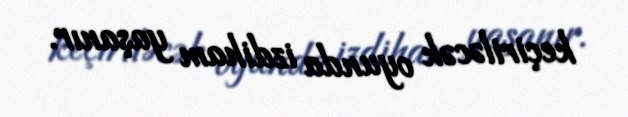
keçiriləcək oyunda izdiham yaşanır.